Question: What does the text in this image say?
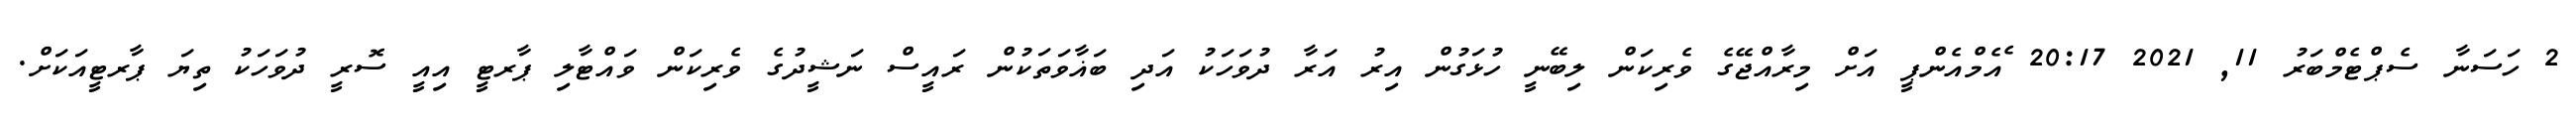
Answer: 2 ހަސަނާ ސެޕްޓެމްބަރު 11, 2021 20:17 ެއެމްއެންޕީ އަށް މިރާއްޖޭގެ ވެރިކަން ލިބޭނީ ހުޅަގުން އިރު އަރާ ދުވަހަކު އަދި ބަޣާވަތަކުން ރައީސް ނަޝީދުގެ ވެރިކަން ވައްޓާލި ޕާރޓީ އިއީ ސޮރީ ދުވަހަކު ތިޔަ ޕާރޓީއަކަށް.